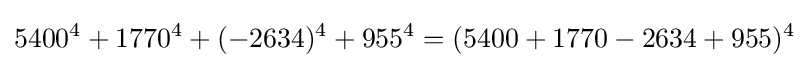
5400^{4}+1770^{4}+(-2634)^{4}+955^{4}=(5400+1770-2634+955)^{4}